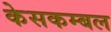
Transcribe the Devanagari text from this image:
केसकम्बल